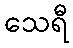
သေရီ